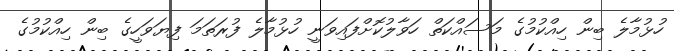
ހުޅުމާލެ ބިން ހިއްކުމުގެ މަސައްކަތް ހަވާލުކޮށްފައިވަނީ ހުޅުމާލެ ފުރަތަމަ ފިޔަވަހީގެ ބިން ހިއްކުމުގެ